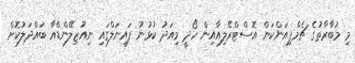
މި މުބާރާތުގެ ޗެމްޕިއަންކަން އޮސްޓްރޭލިއާއިން ހޯދީ މިއަދު ކުޅުނު ފައިނަލްގައި ނިއުޒިލޭންޑްއާ ބައްދަލުކޮށް